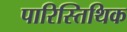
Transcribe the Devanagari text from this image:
पारिस्तिथिक